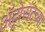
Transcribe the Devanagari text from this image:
ॲट्रोसॅटच्या